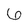
Character: 6